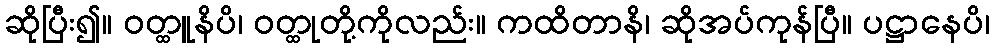
ဆိုပြီး၍။ ဝတ္ထူနိပိ၊ ဝတ္ထုတို့ကိုလည်း။ ကထိတာနိ၊ ဆိုအပ်ကုန်ပြီ။ ပဋ္ဌာနေပိ၊